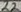
Text: 22